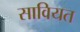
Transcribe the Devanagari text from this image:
सावियत